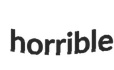
horrible